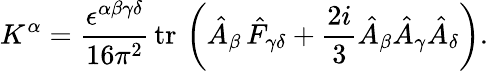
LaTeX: K^{\alpha}=\frac{\epsilon^{\alpha\beta\gamma\delta}}{16\pi^{2}}\, \mathrm{tr\, }\left(\hat{A}_{\beta}\, \hat{F}_{\gamma\delta}+\frac{2i}3\hat{A}_{\beta}\hat{A}_{\gamma}\hat{A}_{\delta}\right).